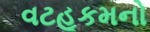
વટહૂકમનો